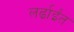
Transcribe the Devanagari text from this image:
लर्ढाईंत